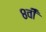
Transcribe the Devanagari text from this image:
८वीँ